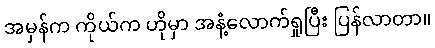
အမှန်က ကိုယ်က ဟိုမှာ အနံ့လောက်ရှုပြီး ပြန်လာတာ။